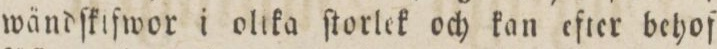
wändſkifwor i olika ſtorlek och kan efter behof